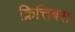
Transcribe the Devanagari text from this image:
क्रित्तिबस